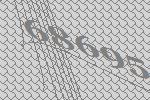
68695